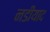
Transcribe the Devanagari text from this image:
नडीयाद